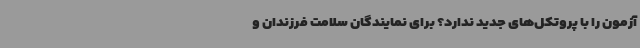
آزمون را با پروتکل‌های جدید ندارد؟ برای نمایندگان سلامت فرزندان و